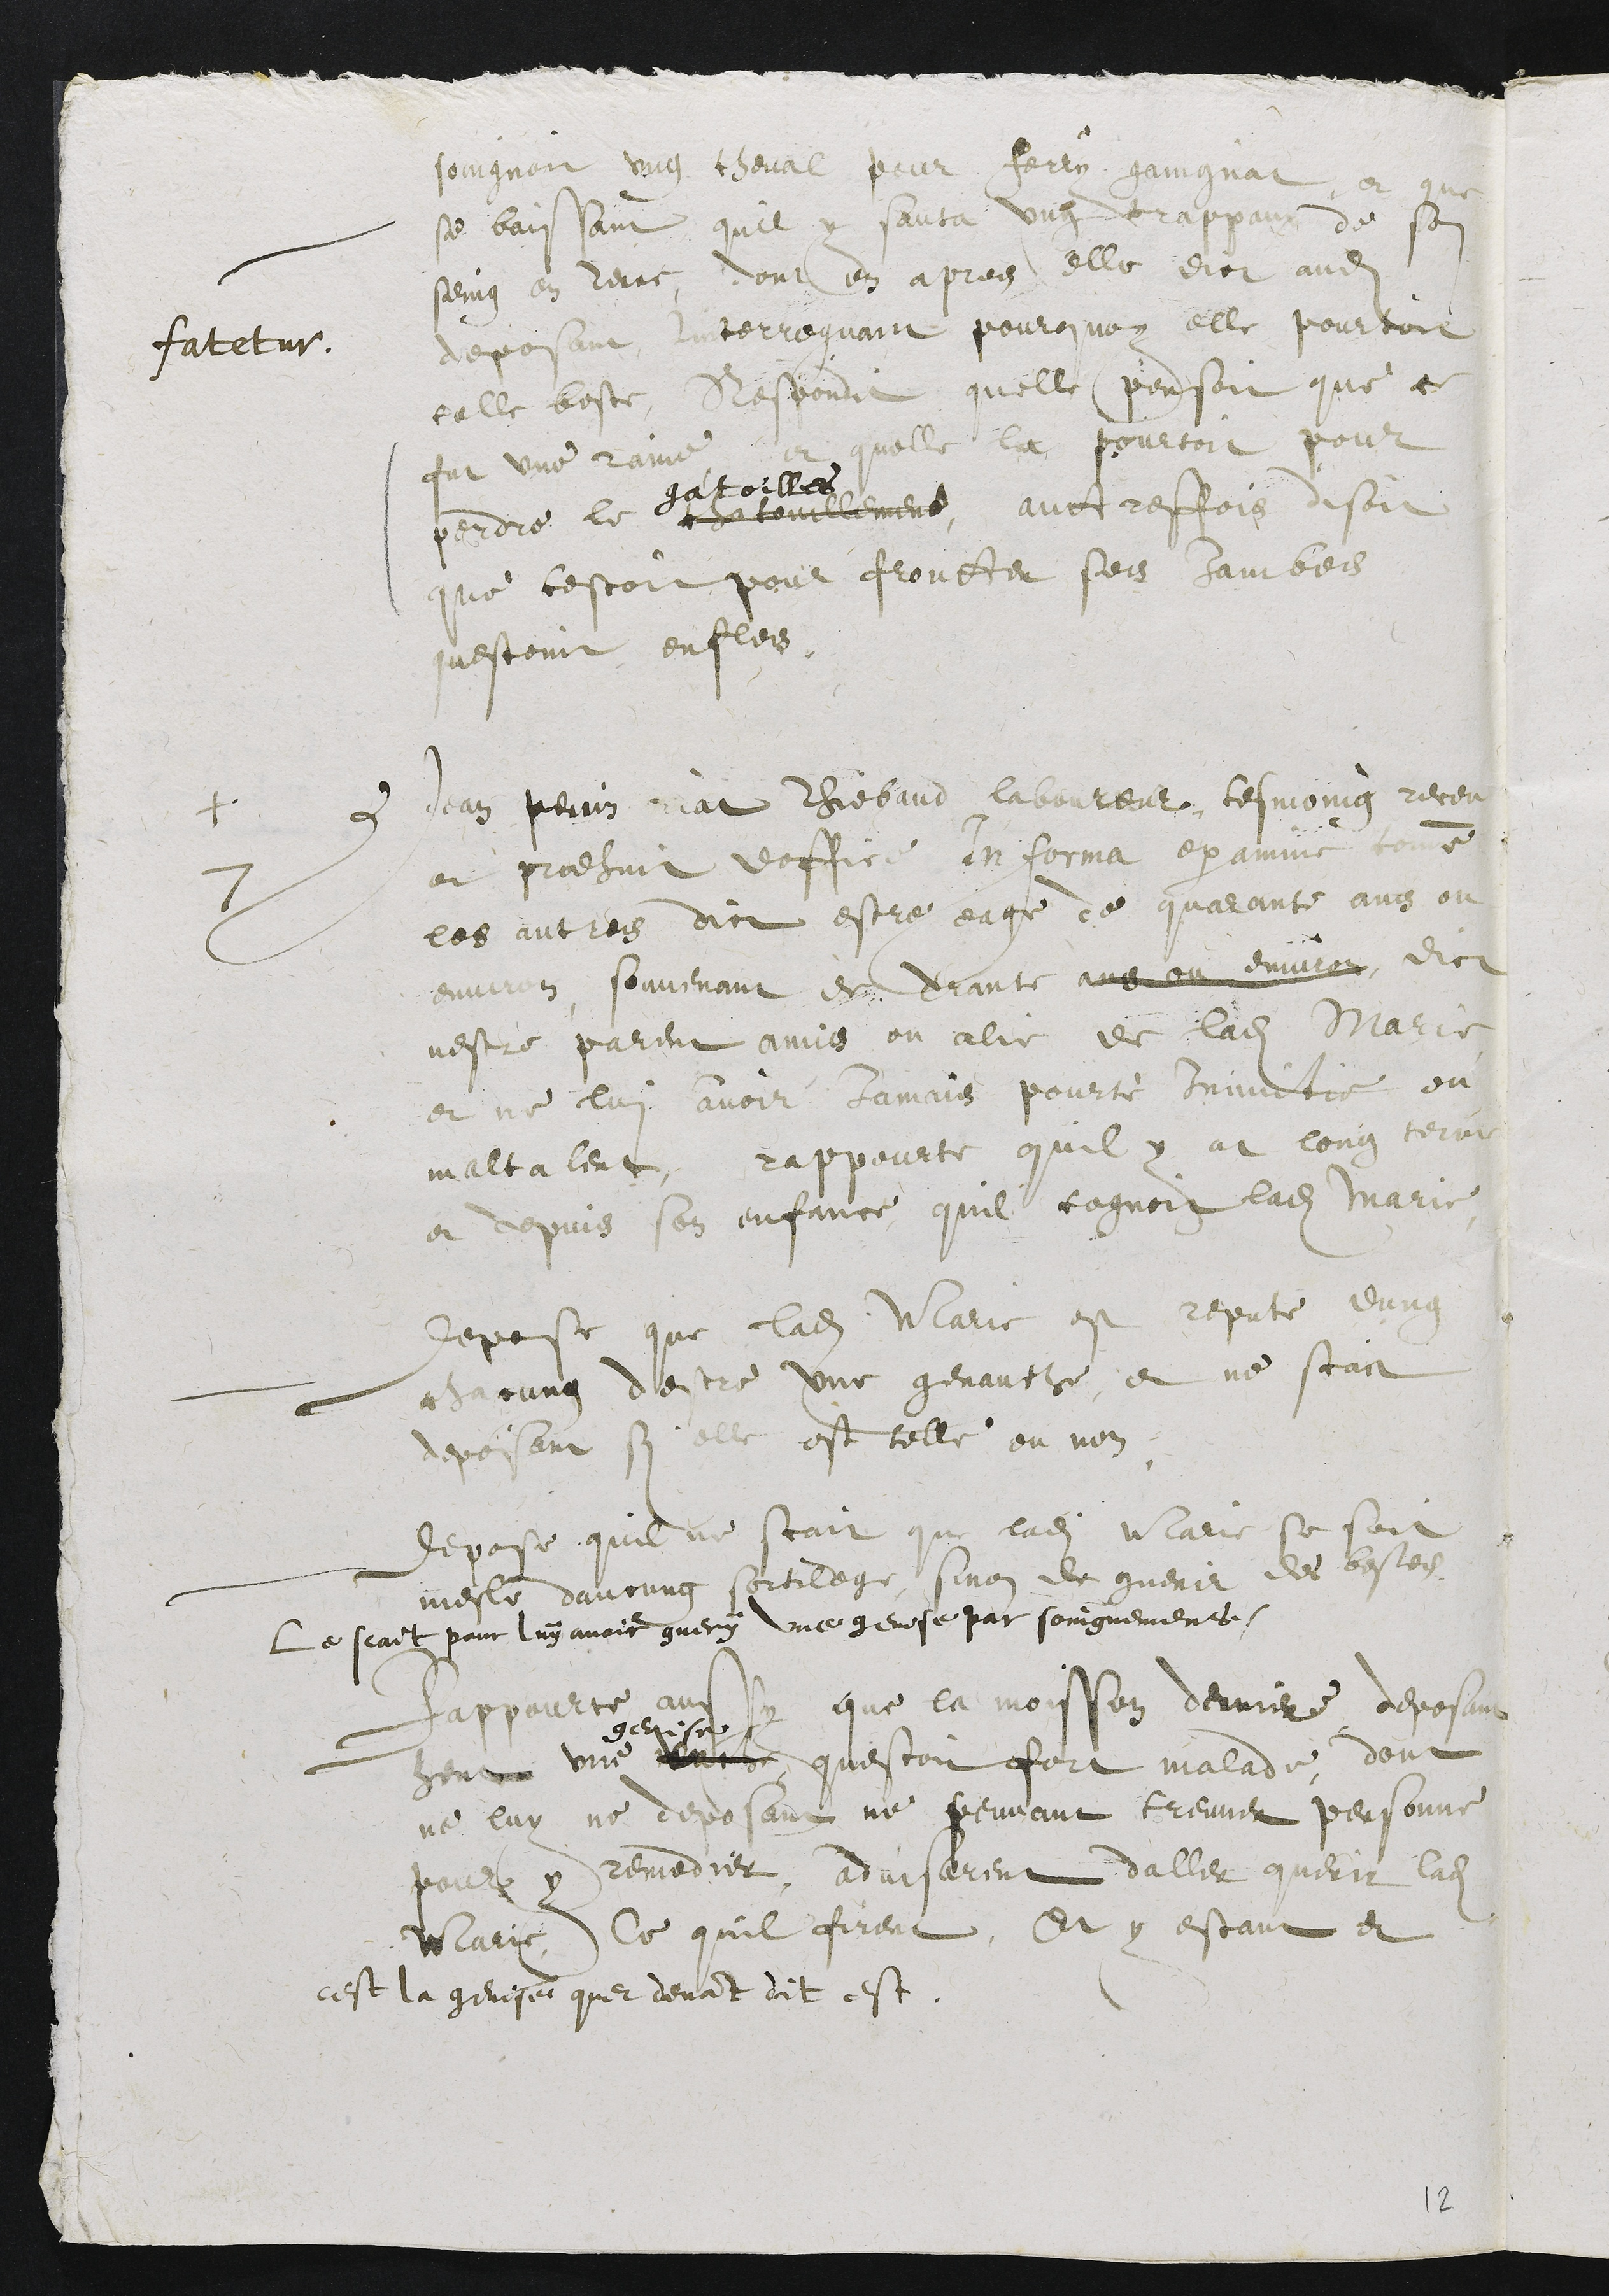
fatetur.
soingnoit ung cheval pour ferry gaingnat, et que
se baissant quil y sauta ung crappaux de son
seing en raine, dont en apres elle dict audit
deposant interroguant pourquoy elle pourtoit
celle beste, Respondit quelle pensoit que ce
fut une raine, et quelle la pourtoit pour
perdre le chatouillemens,
gatoilles
autresfois disoit
que cestoit pour froutter ses jambes
questoint enfles.
+ Jean Perrin Riat Thiebaud laboureur, tesmoing receu
7
et prodhuit doffice In forma examine comme
les autres dict estre eage de quarante ans ou
environ, souvenant de trante ans ou environ, dict
nestre parent amis ou alie de ladite Marie
et ne lui avoir jamais pourtè inimitie ou
maltalent, rappourte quil y at long terme
et depuis son enfance quil cognoit ladite Marie.
Depose que ladite Marie est repute dung
chacung destre une genauche, et ne scait
deposant si elle est telle ou non.
Depose quil ne scait que ladite Marie se soit
mesle daucung sortilege, sinon de guerir des bestes.
Le scait pour luÿ avoir guerÿ une genise par soingnemens.
Rappourte aussy que la moisson derniere deposant
heut une
genise
vache, questoit fort malade, dont
ne luy ne deposant ne peuvant treuver personne
pour y remedier, adviserent daller querir ladite
Marie, Ce quil firent. Et y estant et
Cest la genise que devant dit est.